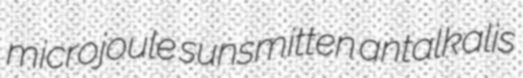
microjoule sunsmitten antalkalis